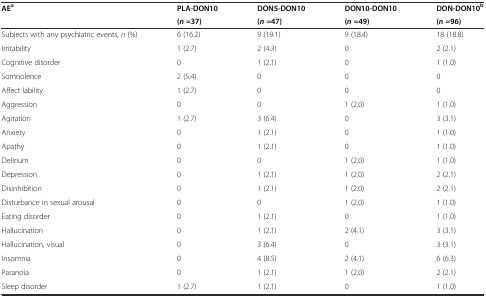
| <ROWSPAN=2> AEa | PLA-DON10 | DON5-DON10 | DON10-DON10 | DON-DON10b |
 | (n=37) | (n=47) | (n=49) | (n=96) |
 | --- | --- | --- | --- | --- |
 | Subjects with any psychiatric events, n (%) | 6 (16.2) | 9 (19.1) | 9 (18.4) | 18 (18.8) |
 | Irritability | 1 (2.7) | 2 (4.3) | 0 | 2 (2.1) |
 | Cognitive disorder | 0 | 1 (2.1) | 0 | 1 (1.0) |
 | Somnolence | 2 (5.4) | 0 | 0 | 0 |
 | Affect lability | 1 (2.7) | 0 | 0 | 0 |
 | Aggression | 0 | 0 | 1 (2.0) | 1 (1.0) |
 | Agitation | 1 (2.7) | 3 (6.4) | 0 | 3 (3.1) |
 | Anxiety | 0 | 1 (2.1) | 0 | 1 (1.0) |
 | Apathy | 0 | 1 (2.1) | 0 | 1 (1.0) |
 | Delirium | 0 | 0 | 1 (2.0) | 1 (1.0) |
 | Depression | 0 | 1 (2.1) | 1 (2.0) | 2 (2.1) |
 | Disinhibition | 0 | 1 (2.1) | 1 (2.0) | 2 (2.1) |
 | Disturbance in sexual arousal | 0 | 0 | 1 (2.0) | 1 (1.0) |
 | Eating disorder | 0 | 1 (2.1) | 0 | 1 (1.0) |
 | Hallucination | 0 | 1 (2.1) | 2 (4.1) | 3 (3.1) |
 | Hallucination, visual | 0 | 3 (6.4) | 0 | 3 (3.1) |
 | Insomnia | 0 | 4 (8.5) | 2 (4.1) | 6 (6.3) |
 | Paranoia | 0 | 1 (2.1) | 1 (2.0) | 2 (2.1) |
 | Sleep disorder | 1 (2.7) | 1 (2.1) | 0 | 1 (1.0) |